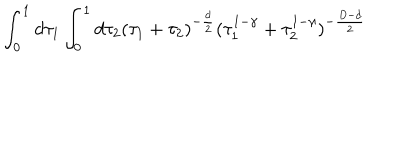
\int _ { 0 } ^ { 1 } d \tau _ { 1 } \int _ { 0 } ^ { 1 } d \tau _ { 2 } ( \tau _ { 1 } + \tau _ { 2 } ) ^ { - \frac { d } { 2 } } ( \tau _ { 1 } ^ { 1 - \gamma } + \tau _ { 2 } ^ { 1 - \gamma } ) ^ { - \frac { D - d } { 2 } }